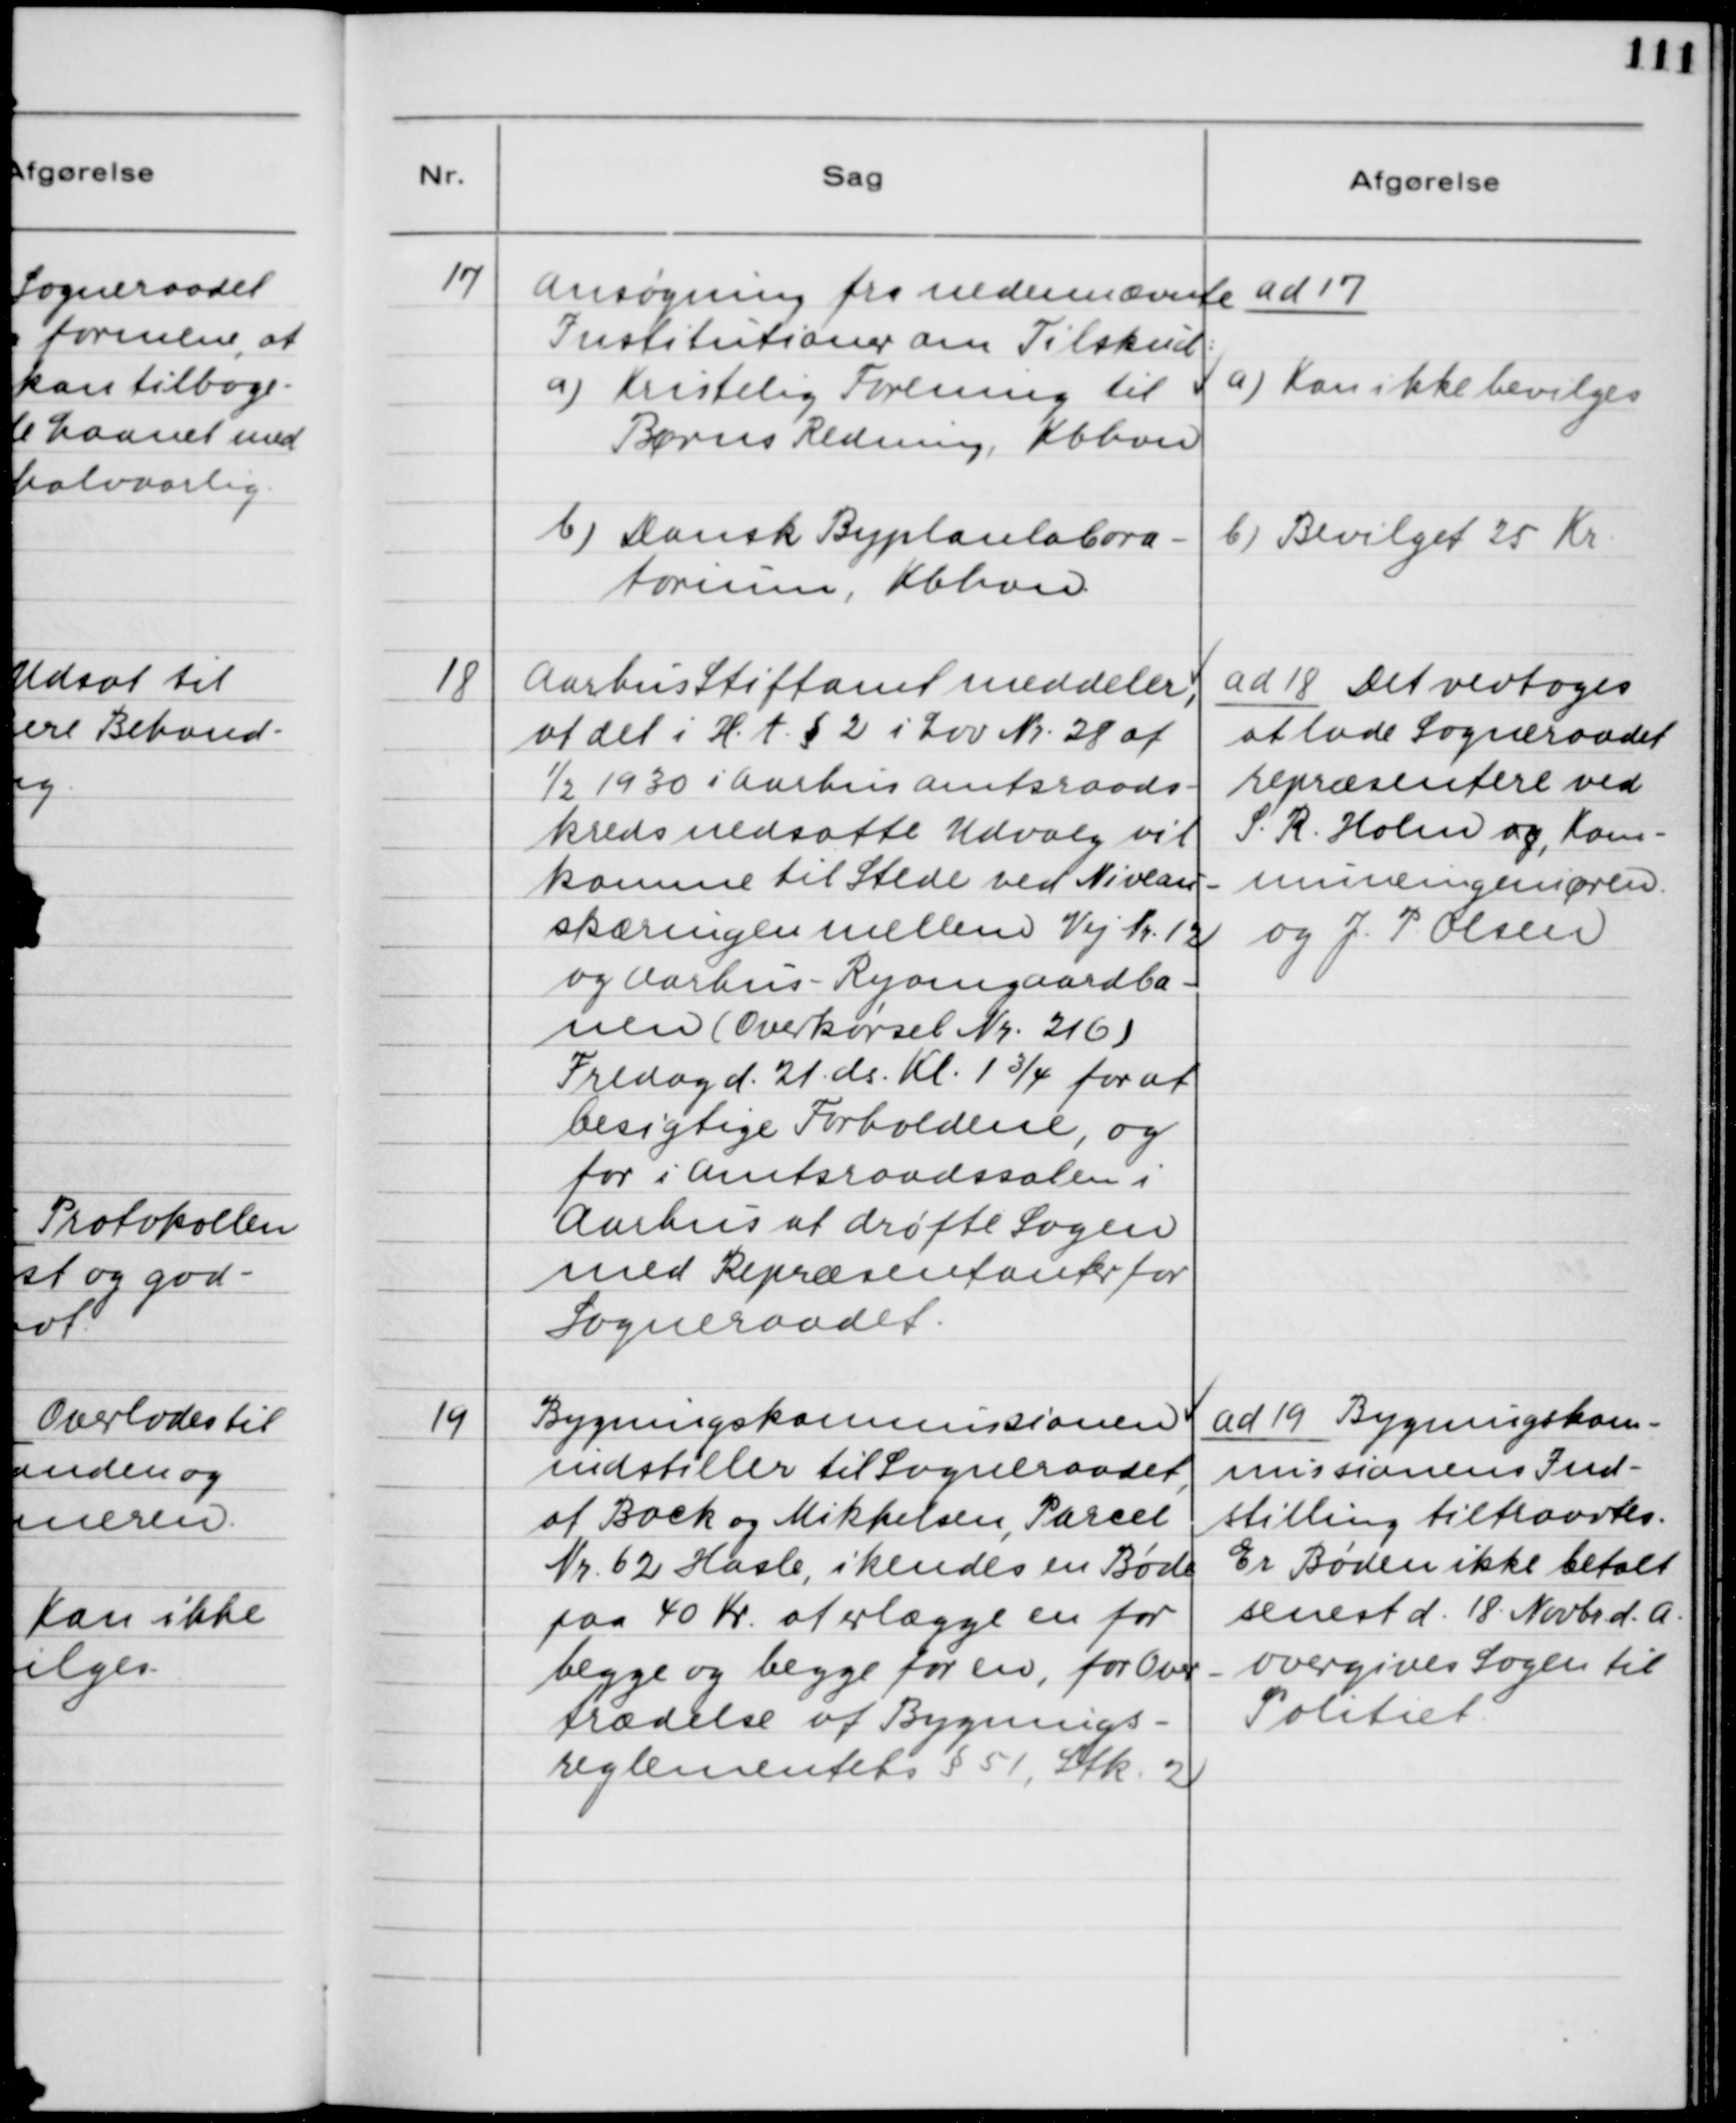
Transskription:
17. Ansøgning fra nedennævnte
Institutioner om Tilskud:
a) Kristelig Forening til
Børns Redning, Kbhvn.
b) Dansk Byplanlabora-
torium, Kbhvn.

ad 17.
a) Kan ikke bevilges
b) Bevilget 25 Kr.

18. Aarhus Stiftamt meddeler,
at det i H.t. §2 i Lov Nr. 28 af
1/2 1930 i Aarhus Amtsraads-
kreds nedsatte Udvalg vil
komme til Stede ved Niveau-
skæringen mellem Vej Nr. 12
og Aarhus - Ryomgaardsba-
nen (Overkørsel Nr. 216)
Fredag d. 21 ds. Kl. 1 3/4 for at
besigtige Forholdene, og
for i Amtsraadssalen i
Aarhus at drøfte Sagen
med Repræsentanter for
Sogneraadet.

ad 18. Det vedtoges
at lade Sogneraadet
repræsentere ved
S. R. Holm og, Kom-
muneingeniøren
og J. P. Olsen.

19. Bygningskommissionen
indstiller til Sogneraadet,
at Bock og Mikkelsen, Parcel
Nr.62 Hasle, ikendes en Bøde
paa 40 Kr. at erlægge en for
begge og begge for en, for Over-
trædelse af Bygnings-
reglementet § 51, Stk. 2.

ad 19. Bygningskom-
missionens Ind-
stilling tiltrædes.
Er bøden ikke betalt
senest d. 18. Novbr. d.A.
overgives Sagen til
Politiet.